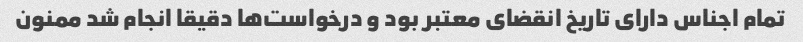
تمام اجناس دارای تاریخ انقضای معتبر بود و درخواست‌ها دقیقا انجام شد ممنون